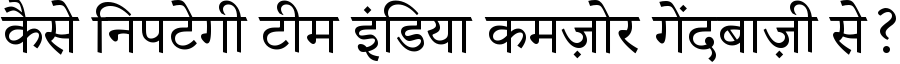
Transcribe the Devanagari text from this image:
कैसे निपटेगी टीम इंडिया कमज़ोर गेंदबाज़ी से?